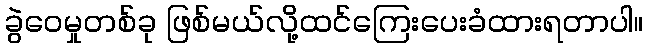
ခွဲဝေမှုတစ်ခု ဖြစ်မယ်လို့ထင်ကြေးပေးခံထားရတာပါ။